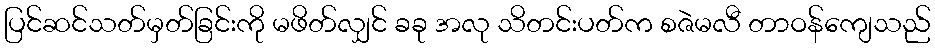
ပြင်ဆင်သတ်မှတ်ခြင်းကို မဖိတ်လျှင် ခခု အလု သိတင်းပတ်က စဇဲမလီ တာဝန်ကျေသည်